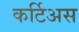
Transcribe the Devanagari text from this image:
कर्टिअस